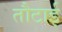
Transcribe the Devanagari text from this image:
तौटाई